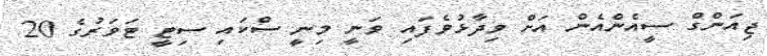
ޖިއަންގް ސީއެންއެން އަށް ވިދާޅުވެފައި ވަނީ މިނީ ސްކައި ސިޓީ ޓަވަރުގެ 20